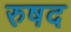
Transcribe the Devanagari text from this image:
रुषद